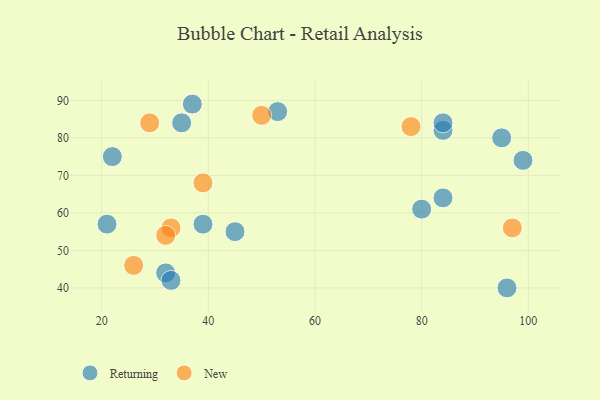
{"axis": {"x": "GDP", "y": "Life Expectancy"}, "legend": ["New", "Returning"], "data": [{"x": "84", "y": 64, "type": "Returning"}, {"x": "95", "y": 80, "type": "Returning"}, {"x": "84", "y": 82, "type": "Returning"}, {"x": "53", "y": 87, "type": "Returning"}, {"x": "80", "y": 61, "type": "Returning"}, {"x": "84", "y": 84, "type": "Returning"}, {"x": "32", "y": 44, "type": "Returning"}, {"x": "33", "y": 42, "type": "Returning"}, {"x": "39", "y": 57, "type": "Returning"}, {"x": "37", "y": 89, "type": "Returning"}, {"x": "99", "y": 74, "type": "Returning"}, {"x": "45", "y": 55, "type": "Returning"}, {"x": "35", "y": 84, "type": "Returning"}, {"x": "22", "y": 75, "type": "Returning"}, {"x": "21", "y": 57, "type": "Returning"}, {"x": "96", "y": 40, "type": "Returning"}, {"x": "33", "y": 56, "type": "New"}, {"x": "26", "y": 46, "type": "New"}, {"x": "39", "y": 68, "type": "New"}, {"x": "97", "y": 56, "type": "New"}, {"x": "32", "y": 54, "type": "New"}, {"x": "29", "y": 84, "type": "New"}, {"x": "50", "y": 86, "type": "New"}, {"x": "78", "y": 83, "type": "New"}]}